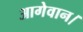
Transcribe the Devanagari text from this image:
आगेवान।